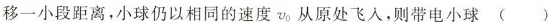
移一小段距离，小球仍以相同的速度v_{0}从原处飞入，则带电小球()